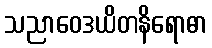
သညာဝေဒယိတနိရောဓာ